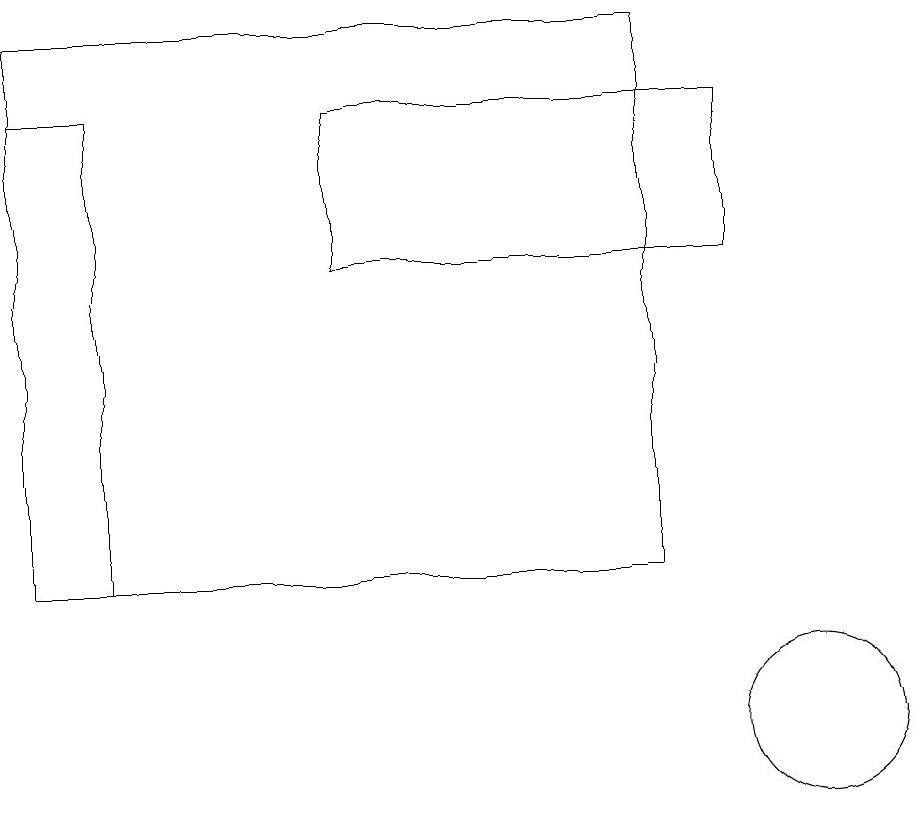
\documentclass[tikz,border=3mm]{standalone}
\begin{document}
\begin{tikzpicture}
\draw (0,18) rectangle (1,12);
\draw (9,18) rectangle (4,16);
\draw (10,10) circle (1);
\draw (0,19) rectangle (8,12);
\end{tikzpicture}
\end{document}